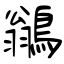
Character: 鶲